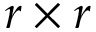
r \times r